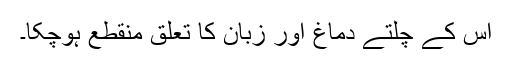
اس کے چلتے دماغ اور زبان کا تعلق منقطع ہوچکا۔